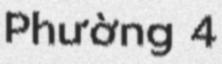
Phường 4